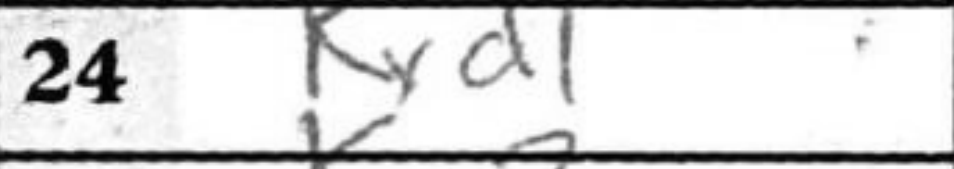
Transcription: Rxd1